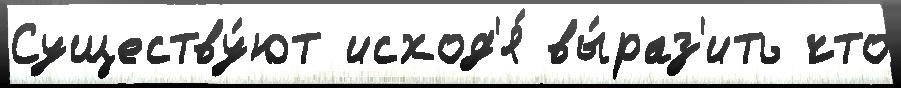
Существу́ют исход'я́ вы́раз'ить что